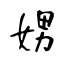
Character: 娚